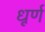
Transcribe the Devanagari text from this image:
धूर्ण